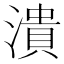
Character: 潰